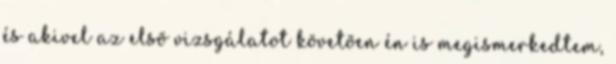
és akivel az elsõ vizsgálatot követõen én is megismerkedtem,